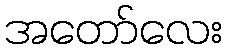
အတော်လေး